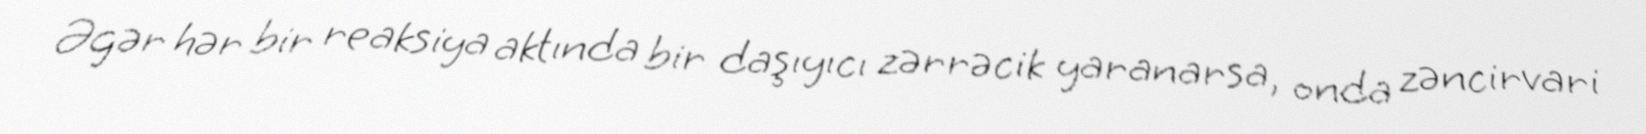
Əgər hər bir reaksiya aktında bir daşıyıcı zərrəcik yaranarsa, onda zəncirvari